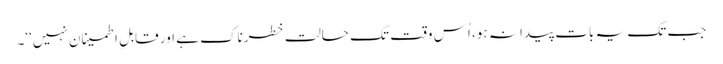
جب تک یہ بات پیدا نہ ہو، اُس وقت تک حالت خطرناک ہے اور قابلِ اطمینان نہیں‘‘۔